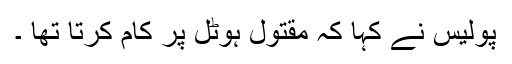
پولیس نے کہا کہ مقتول ہوٹل پر کام کرتا تھا ۔